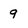
Character: 9